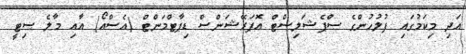
އަދި މިކަމުގައި ފުލުުހުންގެ ސްޕެޝަލިސްޓް އޮޕަރޭޝަންސް ޑިޕާޓްމަންޓް (އެސްއޯ) އާއި މާލެ ސިޓީ